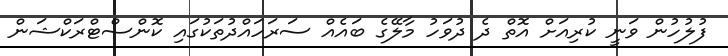
ފުލުހުން ވަނީ ކުރިއަށް އޮތް ދެ ދުވަހު މާލޭގެ ބައެއް ސަރަހައްދުތަކުގައި ކޮންސްޓްރަކްޝަން